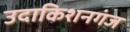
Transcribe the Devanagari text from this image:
उदाकिशनगंज